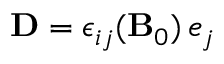
{ \bf D } = \epsilon _ { i j } ( { \bf B } _ { 0 } ) \, e _ { j }